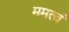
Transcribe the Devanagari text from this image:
ममत्वं